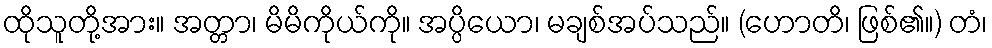
ထိုသူတို့အား။ အတ္တာ၊ မိမိကိုယ်ကို။ အပ္ပိယော၊ မချစ်အပ်သည်။ (ဟောတိ၊ ဖြစ်၏။) တံ၊